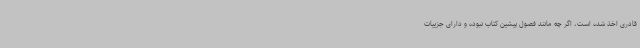
قادری اخذ شده است، اگر چه مانند فصول پیشین کتاب نبوده و دارای جزییات